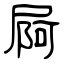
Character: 屙